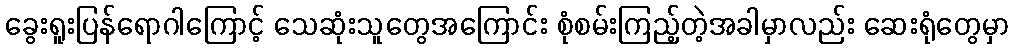
ခွေးရူးပြန်ရောဂါကြောင့် သေဆုံးသူတွေအကြောင်း စုံစမ်းကြည့်တဲ့အခါမှာလည်း ဆေးရုံတွေမှာ